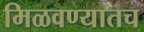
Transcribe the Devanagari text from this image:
मिळवण्यातच